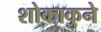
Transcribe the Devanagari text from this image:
शोकाकुने